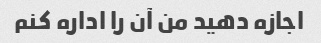
اجازه دهید من آن را اداره کنم